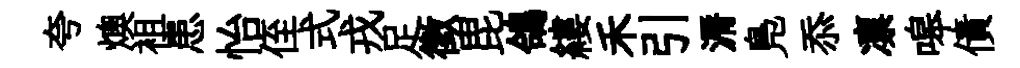
夸燠袓患怡侄式戎足徵毘鴿縷禾引漘鳬忝凛嗥債